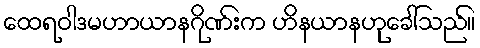
ထေရဝါဒမဟာယာနဂိုဏ်းက ဟိနယာနဟုခေါ်သည်။